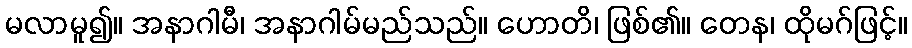
မလာမူ၍။ အနာဂါမီ၊ အနာဂါမ်မည်သည်။ ဟောတိ၊ ဖြစ်၏။ တေန၊ ထိုမဂ်ဖြင့်။